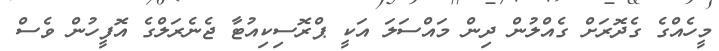
މީހެއްގެ ގެދޮރަށް ގެއްލުން ދިން މައްސަލަ އަކީ ޕްރޮސިކިއުޓާ ޖެނެރަލްގެ އޮފީހުން ވެސް